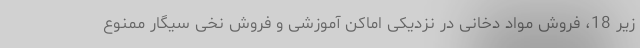
زیر 18، فروش مواد دخانی در نزدیکی اماکن آموزشی و فروش نخی سیگار ممنوع